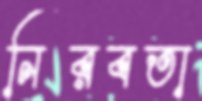
নিরবতা